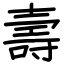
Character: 壽